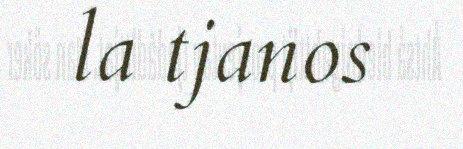
la tjanos